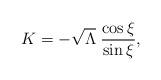
LaTeX: \begin{align*}K=-\sqrt{\Lambda}\;\frac{\cos \xi}{\sin\xi},\end{align*}